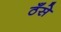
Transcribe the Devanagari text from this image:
ठँसे